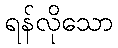
ရန်လိုသော